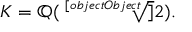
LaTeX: K = \mathbb { Q } ( { \sqrt [ [object Object] ] { 2 } } ) .